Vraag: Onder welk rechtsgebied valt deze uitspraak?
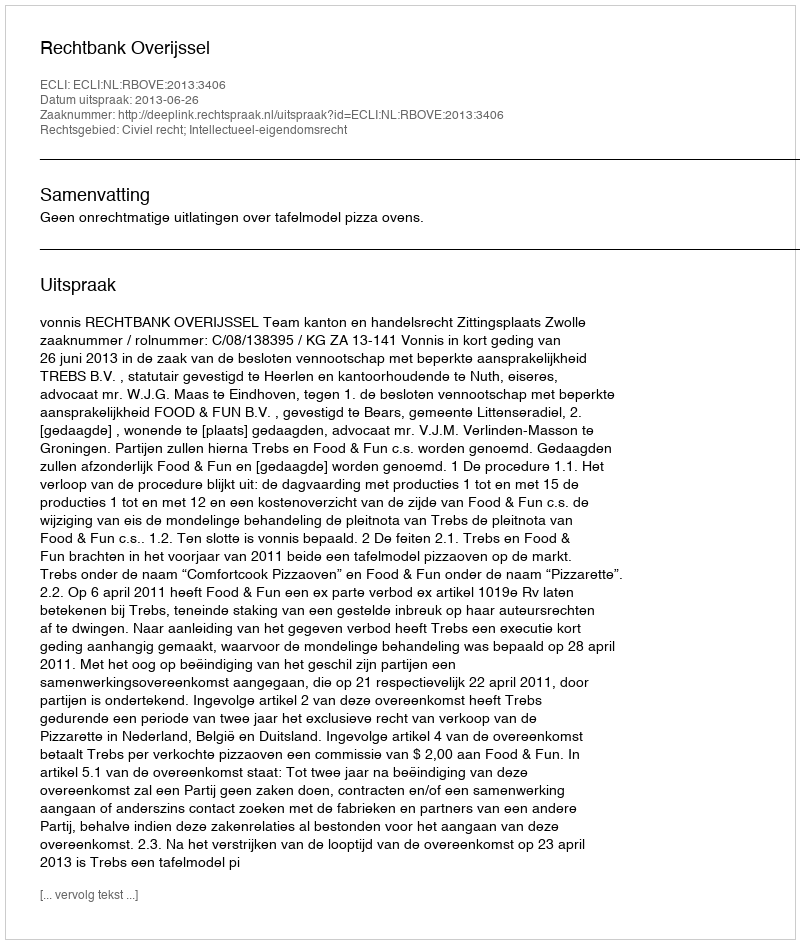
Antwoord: Civiel recht; Intellectueel-eigendomsrecht